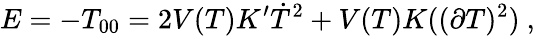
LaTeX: E=-T_{00}=2V(T)K^{\prime}\dot{T}^{2}+V(T)K((\partial T)^{2})\ ,